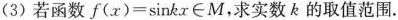
(3)若函数$$f ( x ) = \sin k x \in M$$，求实数k的取值范围.